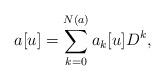
LaTeX: \begin{align*}a[u] = \sum_{k=0}^{N(a)} a_k[u] D^k, \end{align*}